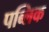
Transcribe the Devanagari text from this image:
पब्‍लिक